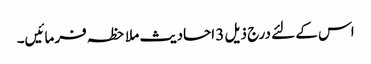
اس کے لئے درج ذیل 3 احادیث ملاحظہ فرمائیں۔